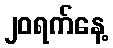
၂၀ရက်နေ့